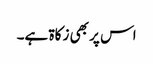
اس پر بھی زکاۃ ہے۔